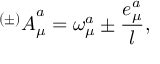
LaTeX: { ^ { ( \pm ) } A } _ { \mu } ^ { a } = \omega _ { \mu } ^ { a } \pm { \frac { e _ { \mu } ^ { a } } { l } } ,